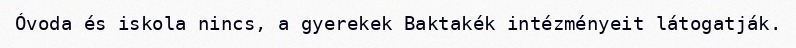
Óvoda és iskola nincs, a gyerekek Baktakék intézményeit látogatják.